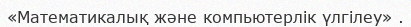
«Математикалық және компьютерлік үлгілеу» .